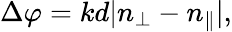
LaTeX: \Delta\varphi=kd|n_{\bot}-n_{\| }|,